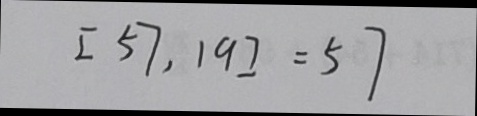
[ 5 7 , 1 9 ] = 5 7